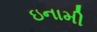
ઇનામી